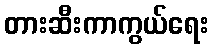
တားဆီးကာကွယ်ရေး